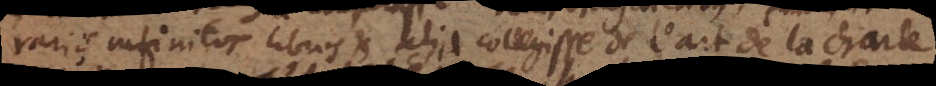
rariis infinitos libros et alia collegisse de l’art de la charte